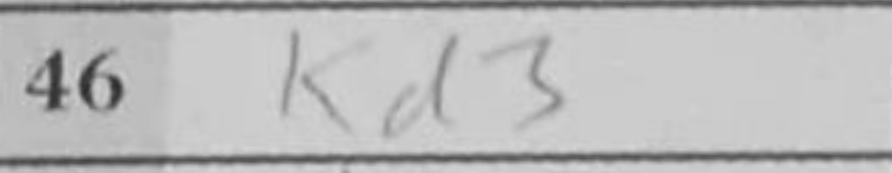
Transcription: Kd3